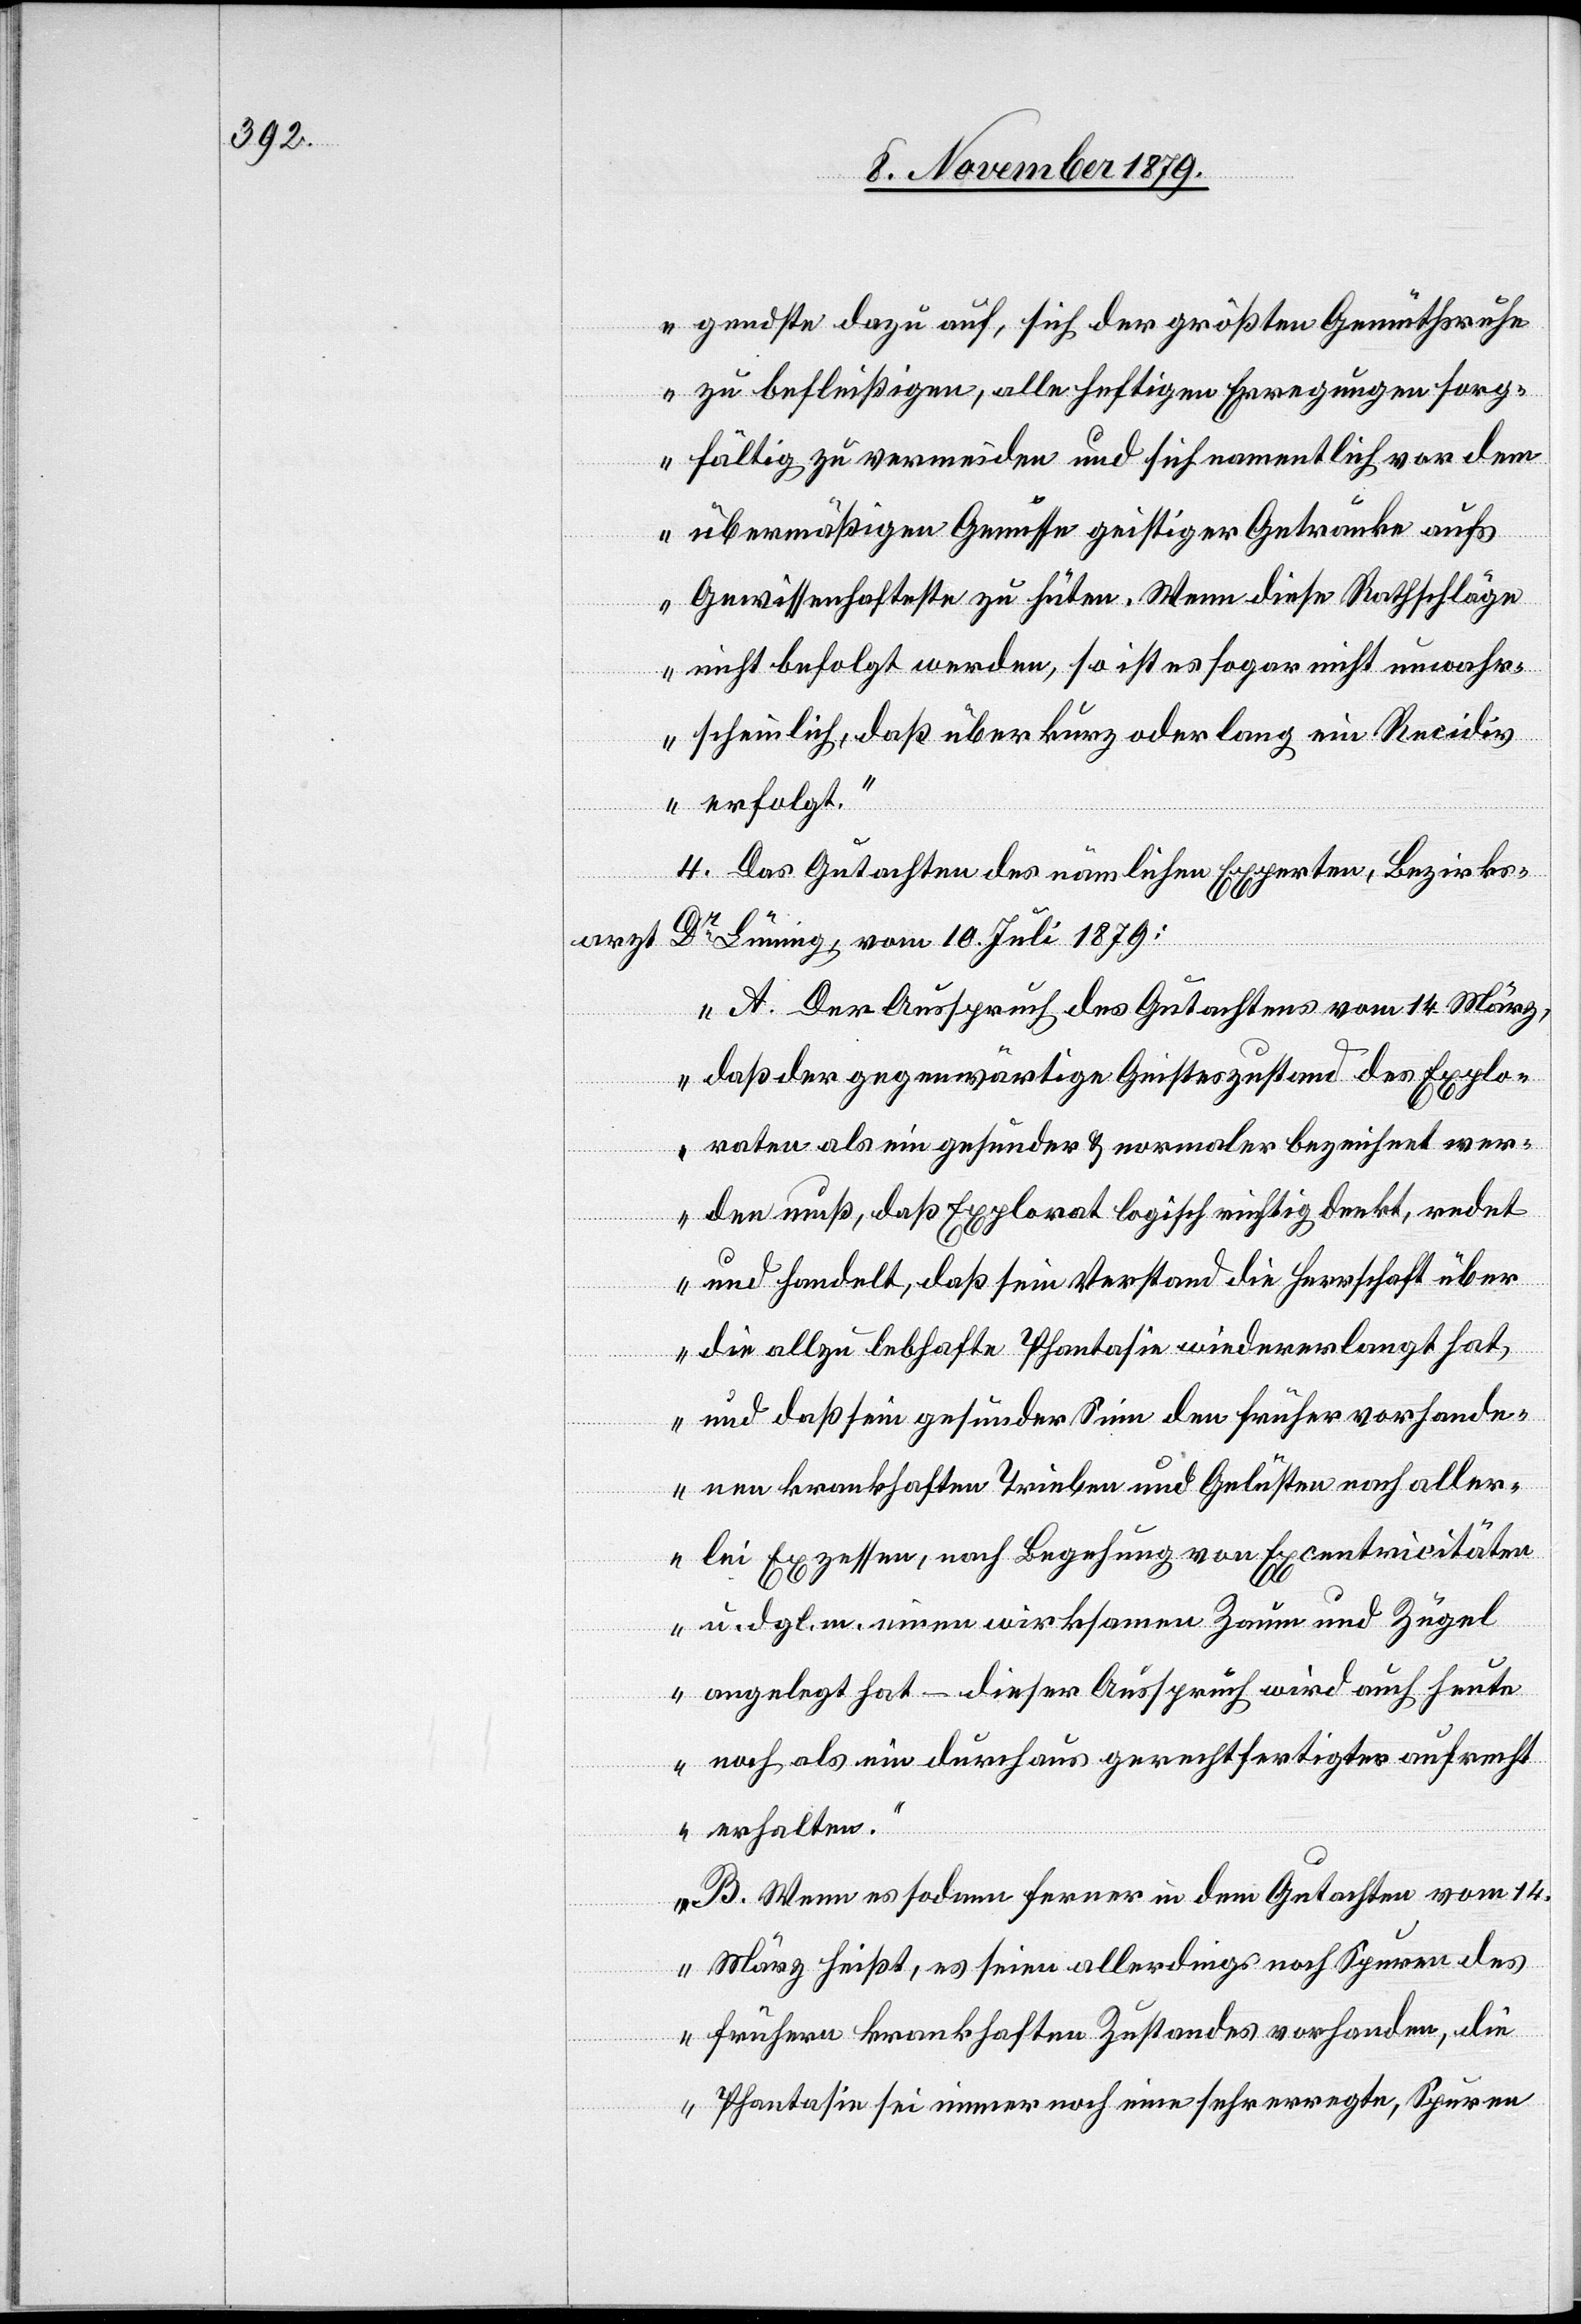
arzt

gendste dazu auf, sich der größten Gemüthsruhe
zu befleißigen, alle heftigen Erregungen sorg¬
fältig zu vermeiden und sich namentlich vor dem
übermäßigen Genusse geistiger Getränke aufs
unwa¬
Gewissenhafteste zu hüten. Wenn diese Rathschläge
hrscheinlich, daß über kurz oder lang ein Recidi¬
v erfolgt.“
4. Das Gutachten des nämlichen Experten, Bezirks¬
Dr Lüning, vom 19. Juli 1879:
„A. Der Ausspruch des Gutachtens vom 14. März,
daß der gegenwärtige Geisteszustand des Explo¬
raten als ein gesunder & normaler bezeichnet wer¬
den muß, daß Explorat logisch richtig denkt, redet
und handelt, daß sein Verstand die Herrschaft über
die allzu lebhafte Phantasie wiedererlangt hat,
und daß sein gesunder Sinn den früher vorhande¬
nen krankhaften Trieben und Gelüsten nach aller¬
lei Exzessen, nach Begehung von Excentricitäten
u. drgl. m. einen wirksamen Zaum und Zügel
angelegt hat – dieser Ausspruch wird auch heute
noch als ein durchaus gerechtfertigter aufrecht
erhalten.
B. Wenn es sodann ferner in dem Gutachten vom 14.
März heißt, es seien allerdings noch Spuren des
frühern krankhaften Zustandes vorhanden, die
Phantasie sei immer noch eine sehr erregte, Spuren